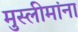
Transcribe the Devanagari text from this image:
मुस्लीमांना